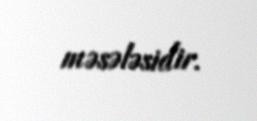
məsələsidir.